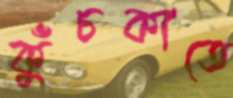
কুঁচকাতে